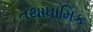
તથાધામિક